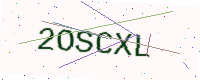
Text: 2OSCXL